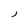
Character: j